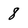
Character: 8